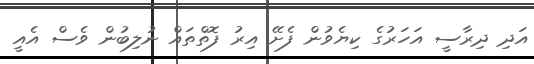
އަދި ދިރާސީ އަހަރުގެ ކިޔެވުން ފެށޭ އިރު ފޮތްތައް ނުލިބުން ވެސް އެއީ